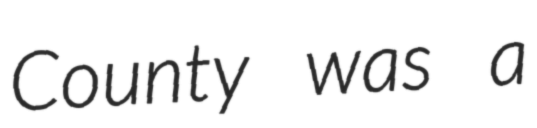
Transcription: County was a